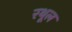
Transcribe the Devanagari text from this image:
रथूल